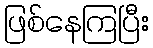
ဖြစ်နေကြပြီး